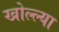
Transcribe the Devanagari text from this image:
खोल्ल्या